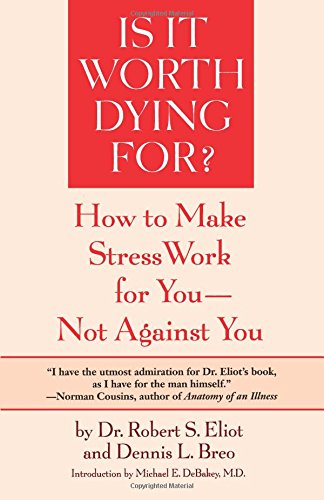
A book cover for Is It Worth Dying For?: How To Make Stress Work For You - Not Against You; Robert S. Eliot; Self-Help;